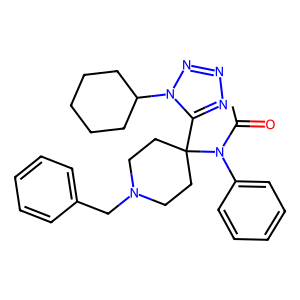
SMILES: CC(=O)N(c1ccccc1)C1(c2nnnn2C2CCCCC2)CCN(Cc2ccccc2)CC1
Inhibits HIV replication: No